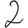
Digit: 2